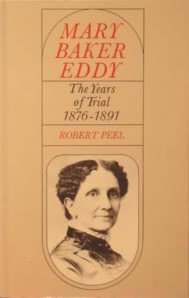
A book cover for Mary Baker Eddy: The Years of Trial 1876-1891; Robert Peel; Christian Books & Bibles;